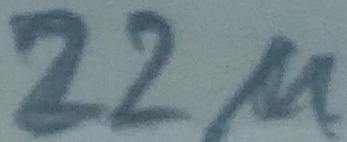
Text: 22µ